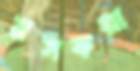
মসকরা